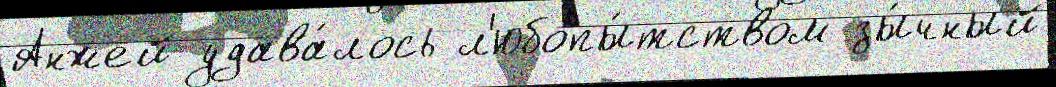
Анжей удава́лось л'юбопы́тством зы́чный